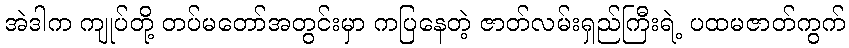
အဲဒါက ကျုပ်တို့ တပ်မတော်အတွင်းမှာ ကပြနေတဲ့ ဇာတ်လမ်းရှည်ကြီးရဲ့ ပထမဇာတ်ကွက်